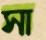
সা